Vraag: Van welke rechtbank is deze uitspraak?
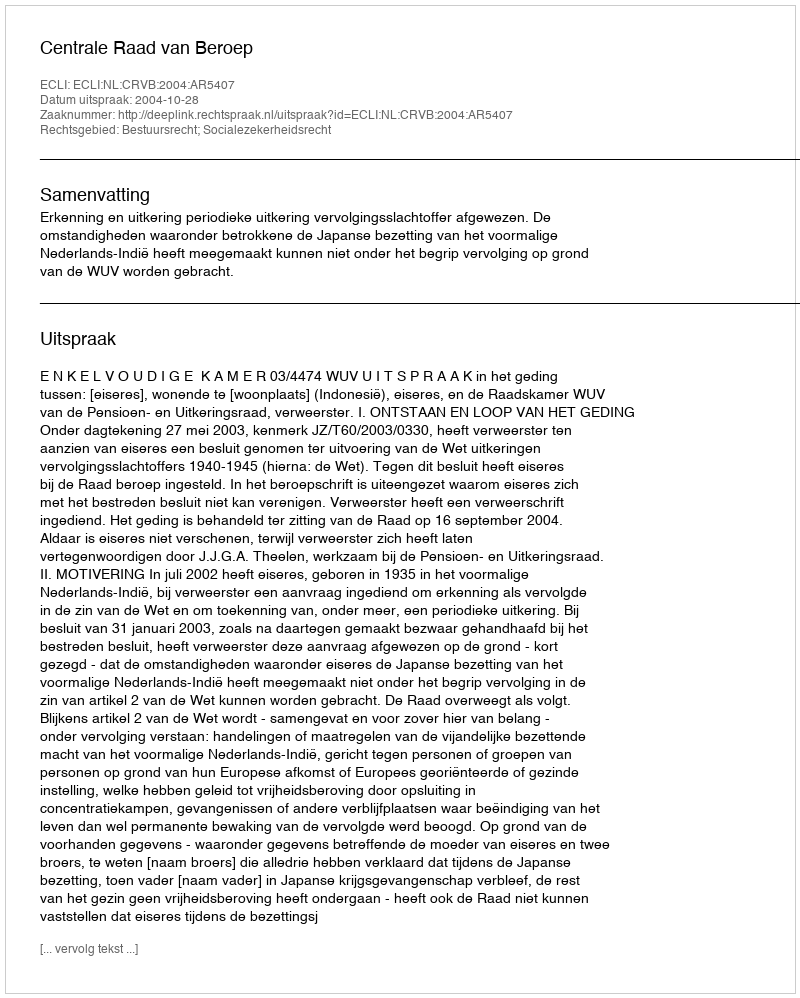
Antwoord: Centrale Raad van Beroep